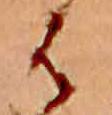
は